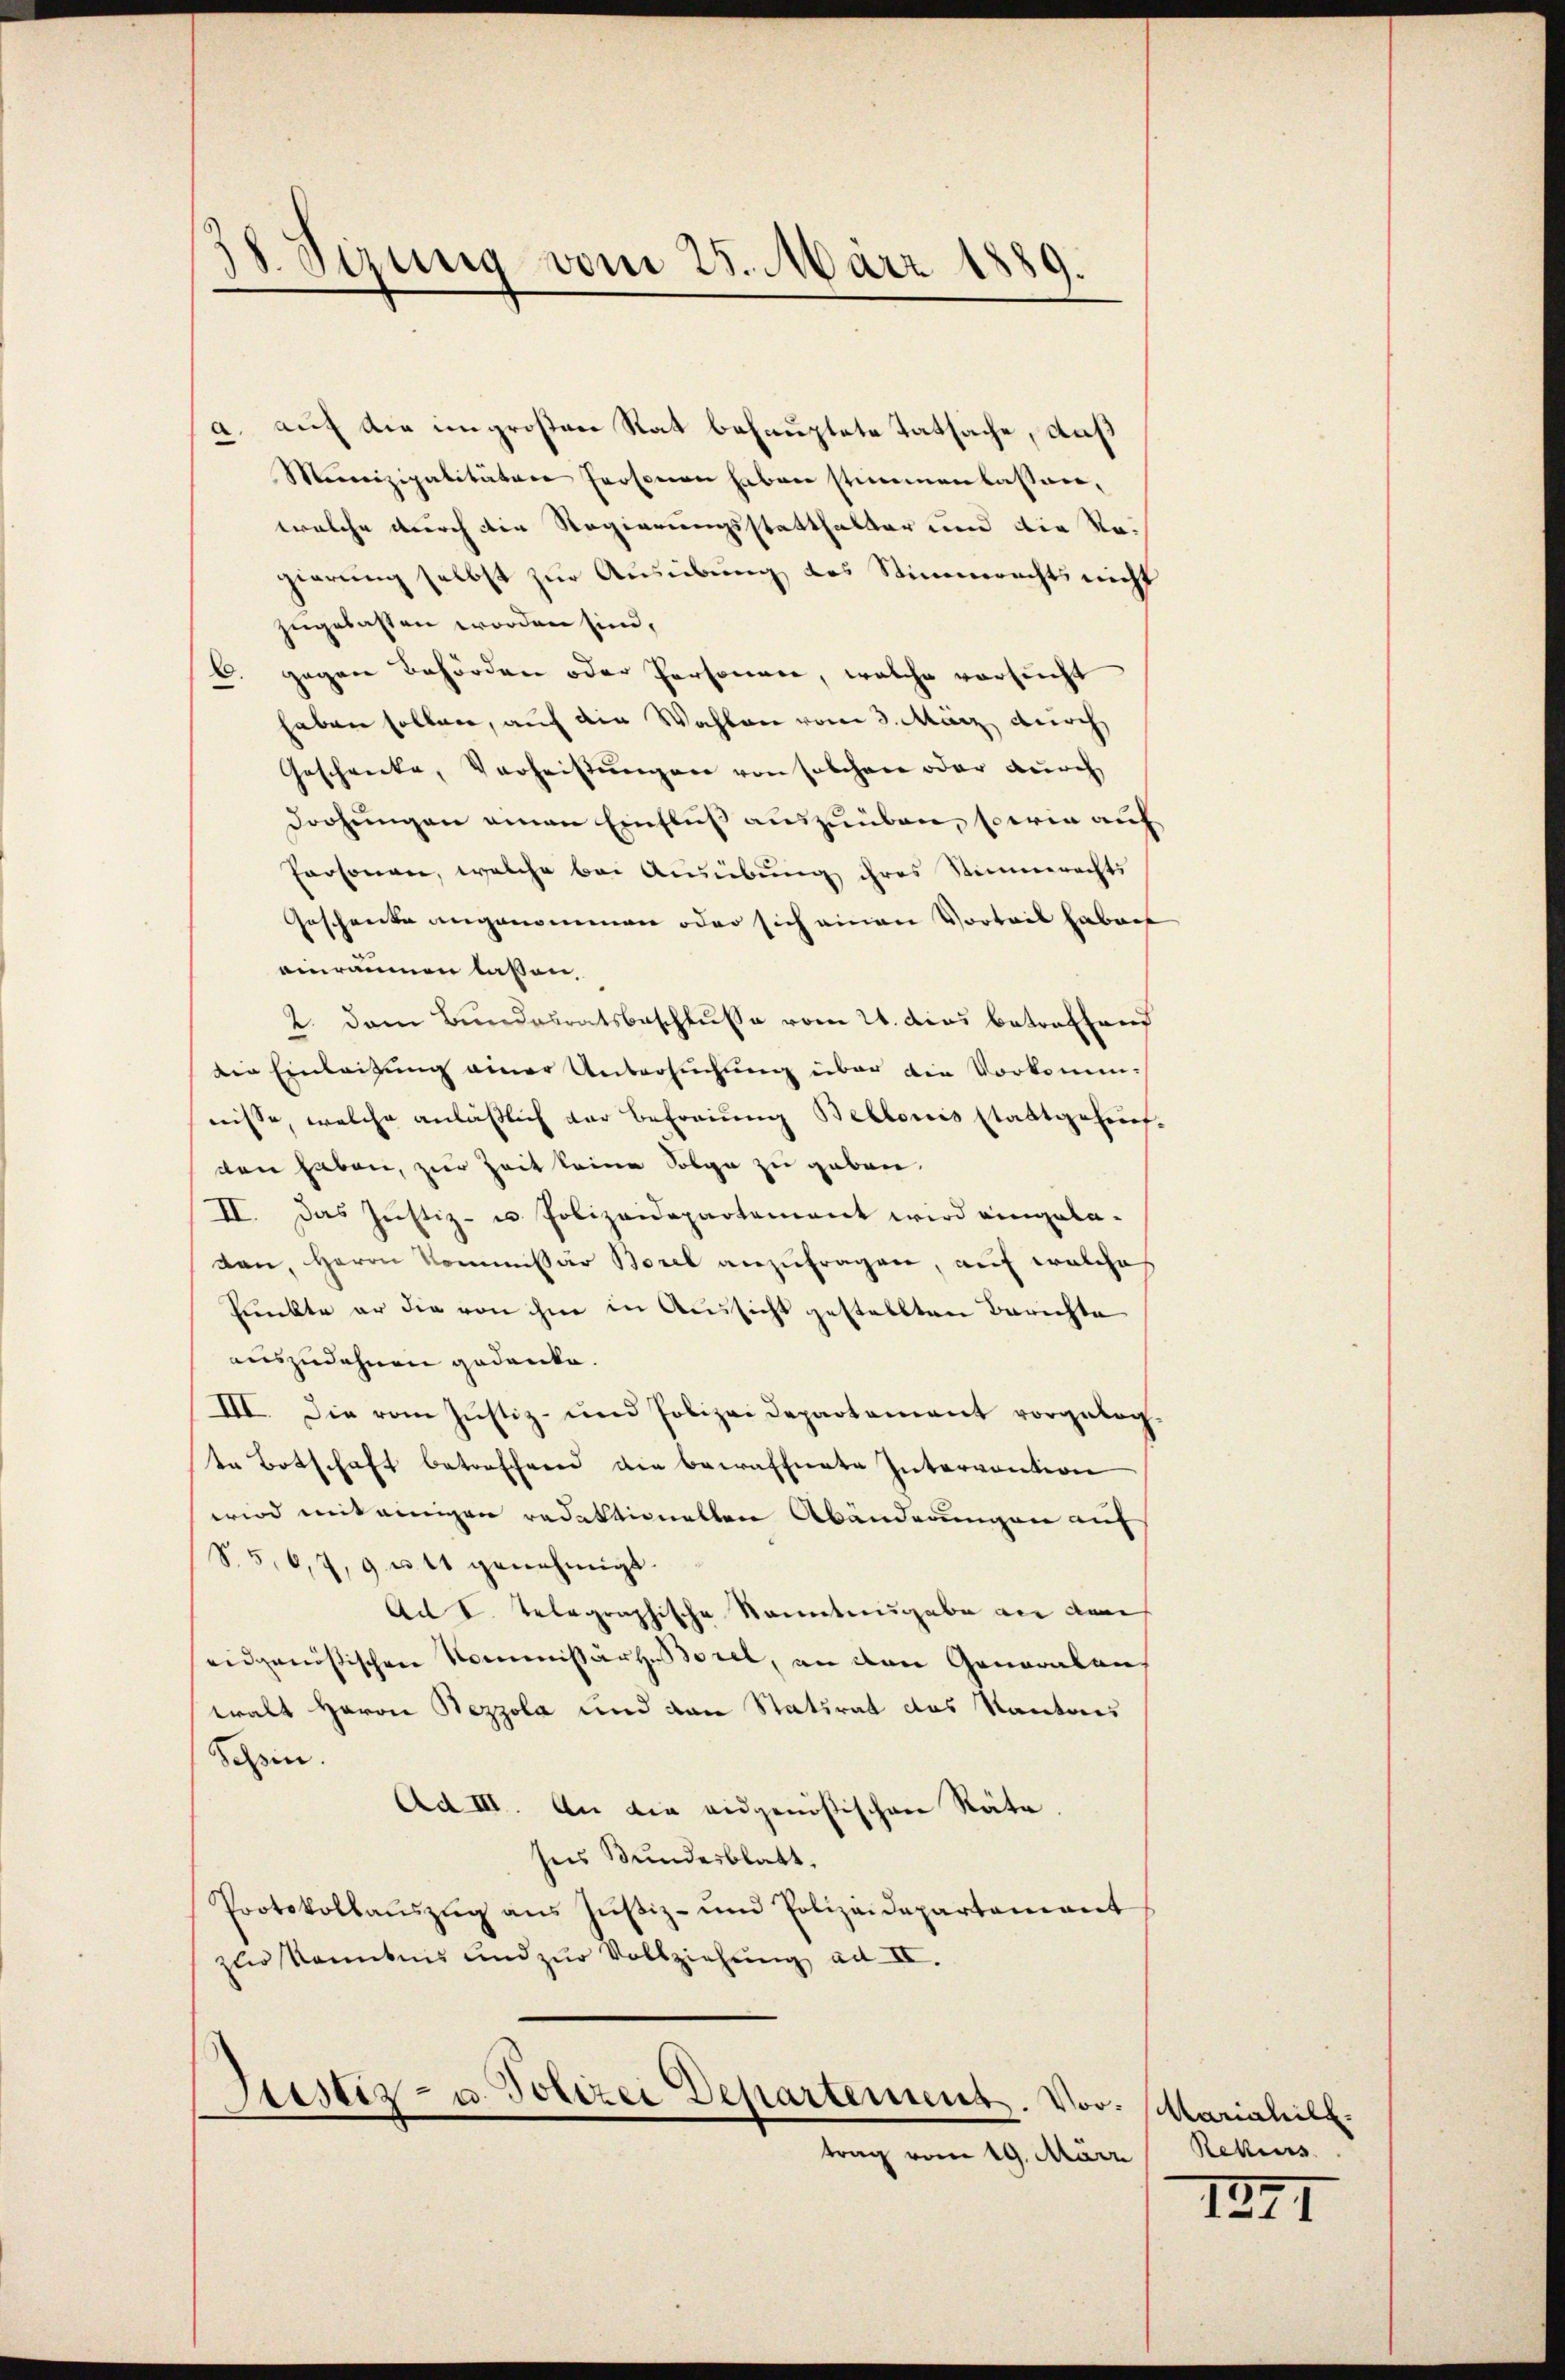
38 Sizung vom 25. März 1889.

a. auf die ungroßen Rat behauptete Tatsache, daß
Munizipalitäten Personen haben stimmenkassen,
welche durch die Regierungsstatthalter und die Regierung selbst zur Ausübung des Stimmrechts nicht
zugelassen worden sind,
b. gegen Behörden oder Personare, welche vorsucht
haben sollen, auf die Wahlen vom 3. März durch
Geschrecke, Verheistungen von solchen oder durch
Drohungen amen Einfluß auszuüben, sowie auf
Personen, welche bei Ausübung ihres Stimmerachts
Geschenke angenommen oder sich einen Vorteil haben
einräumen lassen,
2. Dem Bundesratsbeschlusse vom 21. dies betreffend
die Einleitung einer Untersuchung über die Vorkommnisse, welche anläßlich der Befreiung Bebloris stattgehef-
den haben, zur Zeit keine Folge zu geben.
II. Das Justiz- u. Polizeidepartement wird eingela-
den, Herrn Kommissär Borel anzufragen, auf welche
Punkte er die von ihme in Aussicht gestellten Berichte
auszudehnen gedanke.
III. Die vom Justiz- und Polizei Departement vorgelegen Botschaft betreffend die bewaffnete Intervention
wird mit einigen redaktionetten Abänderungen auf
S. 5, 6, 7, 9 u. 11 genehmigt.
Ad V. Telegraphische Sonntengabe an dem
eidgenössischen Kommissäre deret, an den Generalen
walt Haron Bezzola und von Statirat des Kantons
Schein.
Ad III. An die eidgenößischen Räte
seis Bundesblatt.
Protokollaŭszŭg ans Jŭstiz- und Polizeidepartament
zur Kenntnis und zur Vollziehung ad II.

Justiz- u. Polizei Departement. Vortrag vom 19. März

Mariahill.
Rekurs

1891